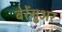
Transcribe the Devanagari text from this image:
बेरेंगुअर